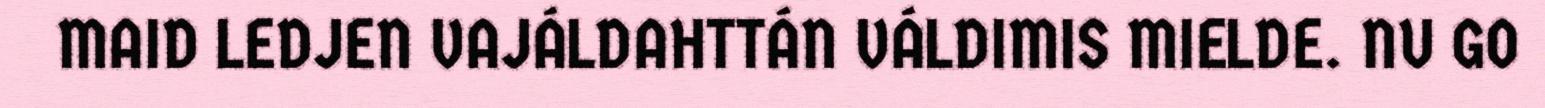
MAID LEDJEN VAJÁLDAHTTÁN VÁLDIMIS MIELDE. NU GO